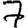
Digit: 7